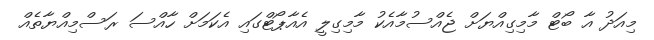
މިއަދު އާ ބޯޓް މާމިގިއްޔަށް ޖެއްސުމާއެކު މާމިގިލީ އެއާޕޯޓްގައި އެކަމަށް ހާއްސަ ރަސްމިއްޔާތެއް